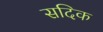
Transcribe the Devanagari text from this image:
सदिक